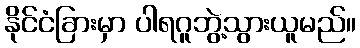
နိုင်ငံခြားမှာ ပါရဂူဘွဲ့သွားယူမည်။